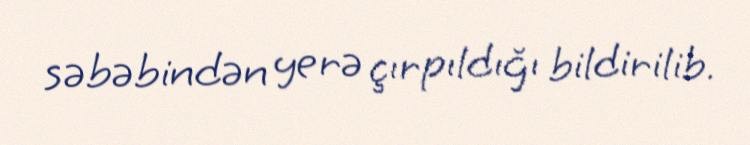
səbəbindən yerə çırpıldığı bildirilib.